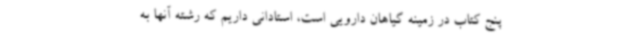
پنج کتاب در زمینه گیاهان دارویی است، استادانی داریم که رشته آنها به